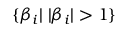
\{ \beta _ { i } | \; | \beta _ { i } | > 1 \}